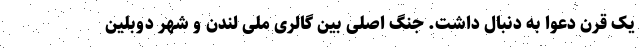
یک قرن دعوا به دنبال داشت. جنگ اصلی بین گالری ملی لندن و شهر دوبلین